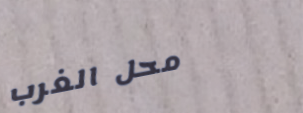
محل الغرب